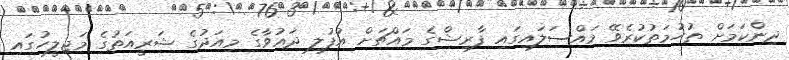
ދިންކަމަށް ތުހުމަތުކުރެވޭ މައްސަލައިގައި ފާރިޝްގެ މައްޗަށް އުފުލި ދައުވާގެ މިއަދުގެ ޝަރީއަތުގެ މަޖިލީހުގައި